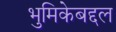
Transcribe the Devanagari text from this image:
भुमिकेबद्दल